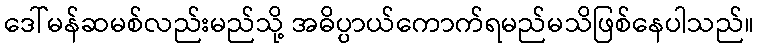
ဒေါ်မန်ဆမစ်လည်းမည်သို့ အဓိပ္ပာယ်ကောက်ရမည်မသိဖြစ်နေပါသည်။